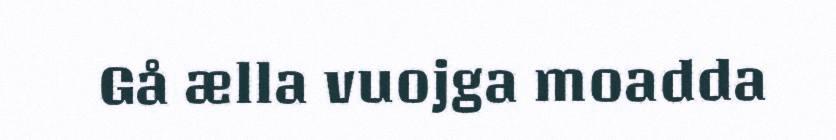
Gå ælla vuojga moadda